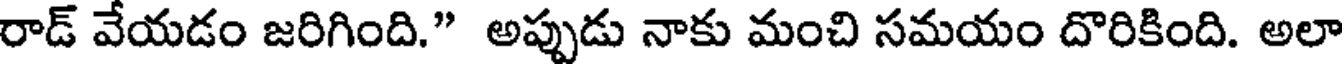
రాడ్ వేయడం జరిగింది." అప్పుడు నాకు మంచి సమయం దొరికింది. అలా